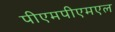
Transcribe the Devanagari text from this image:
पीएमपीएमएल